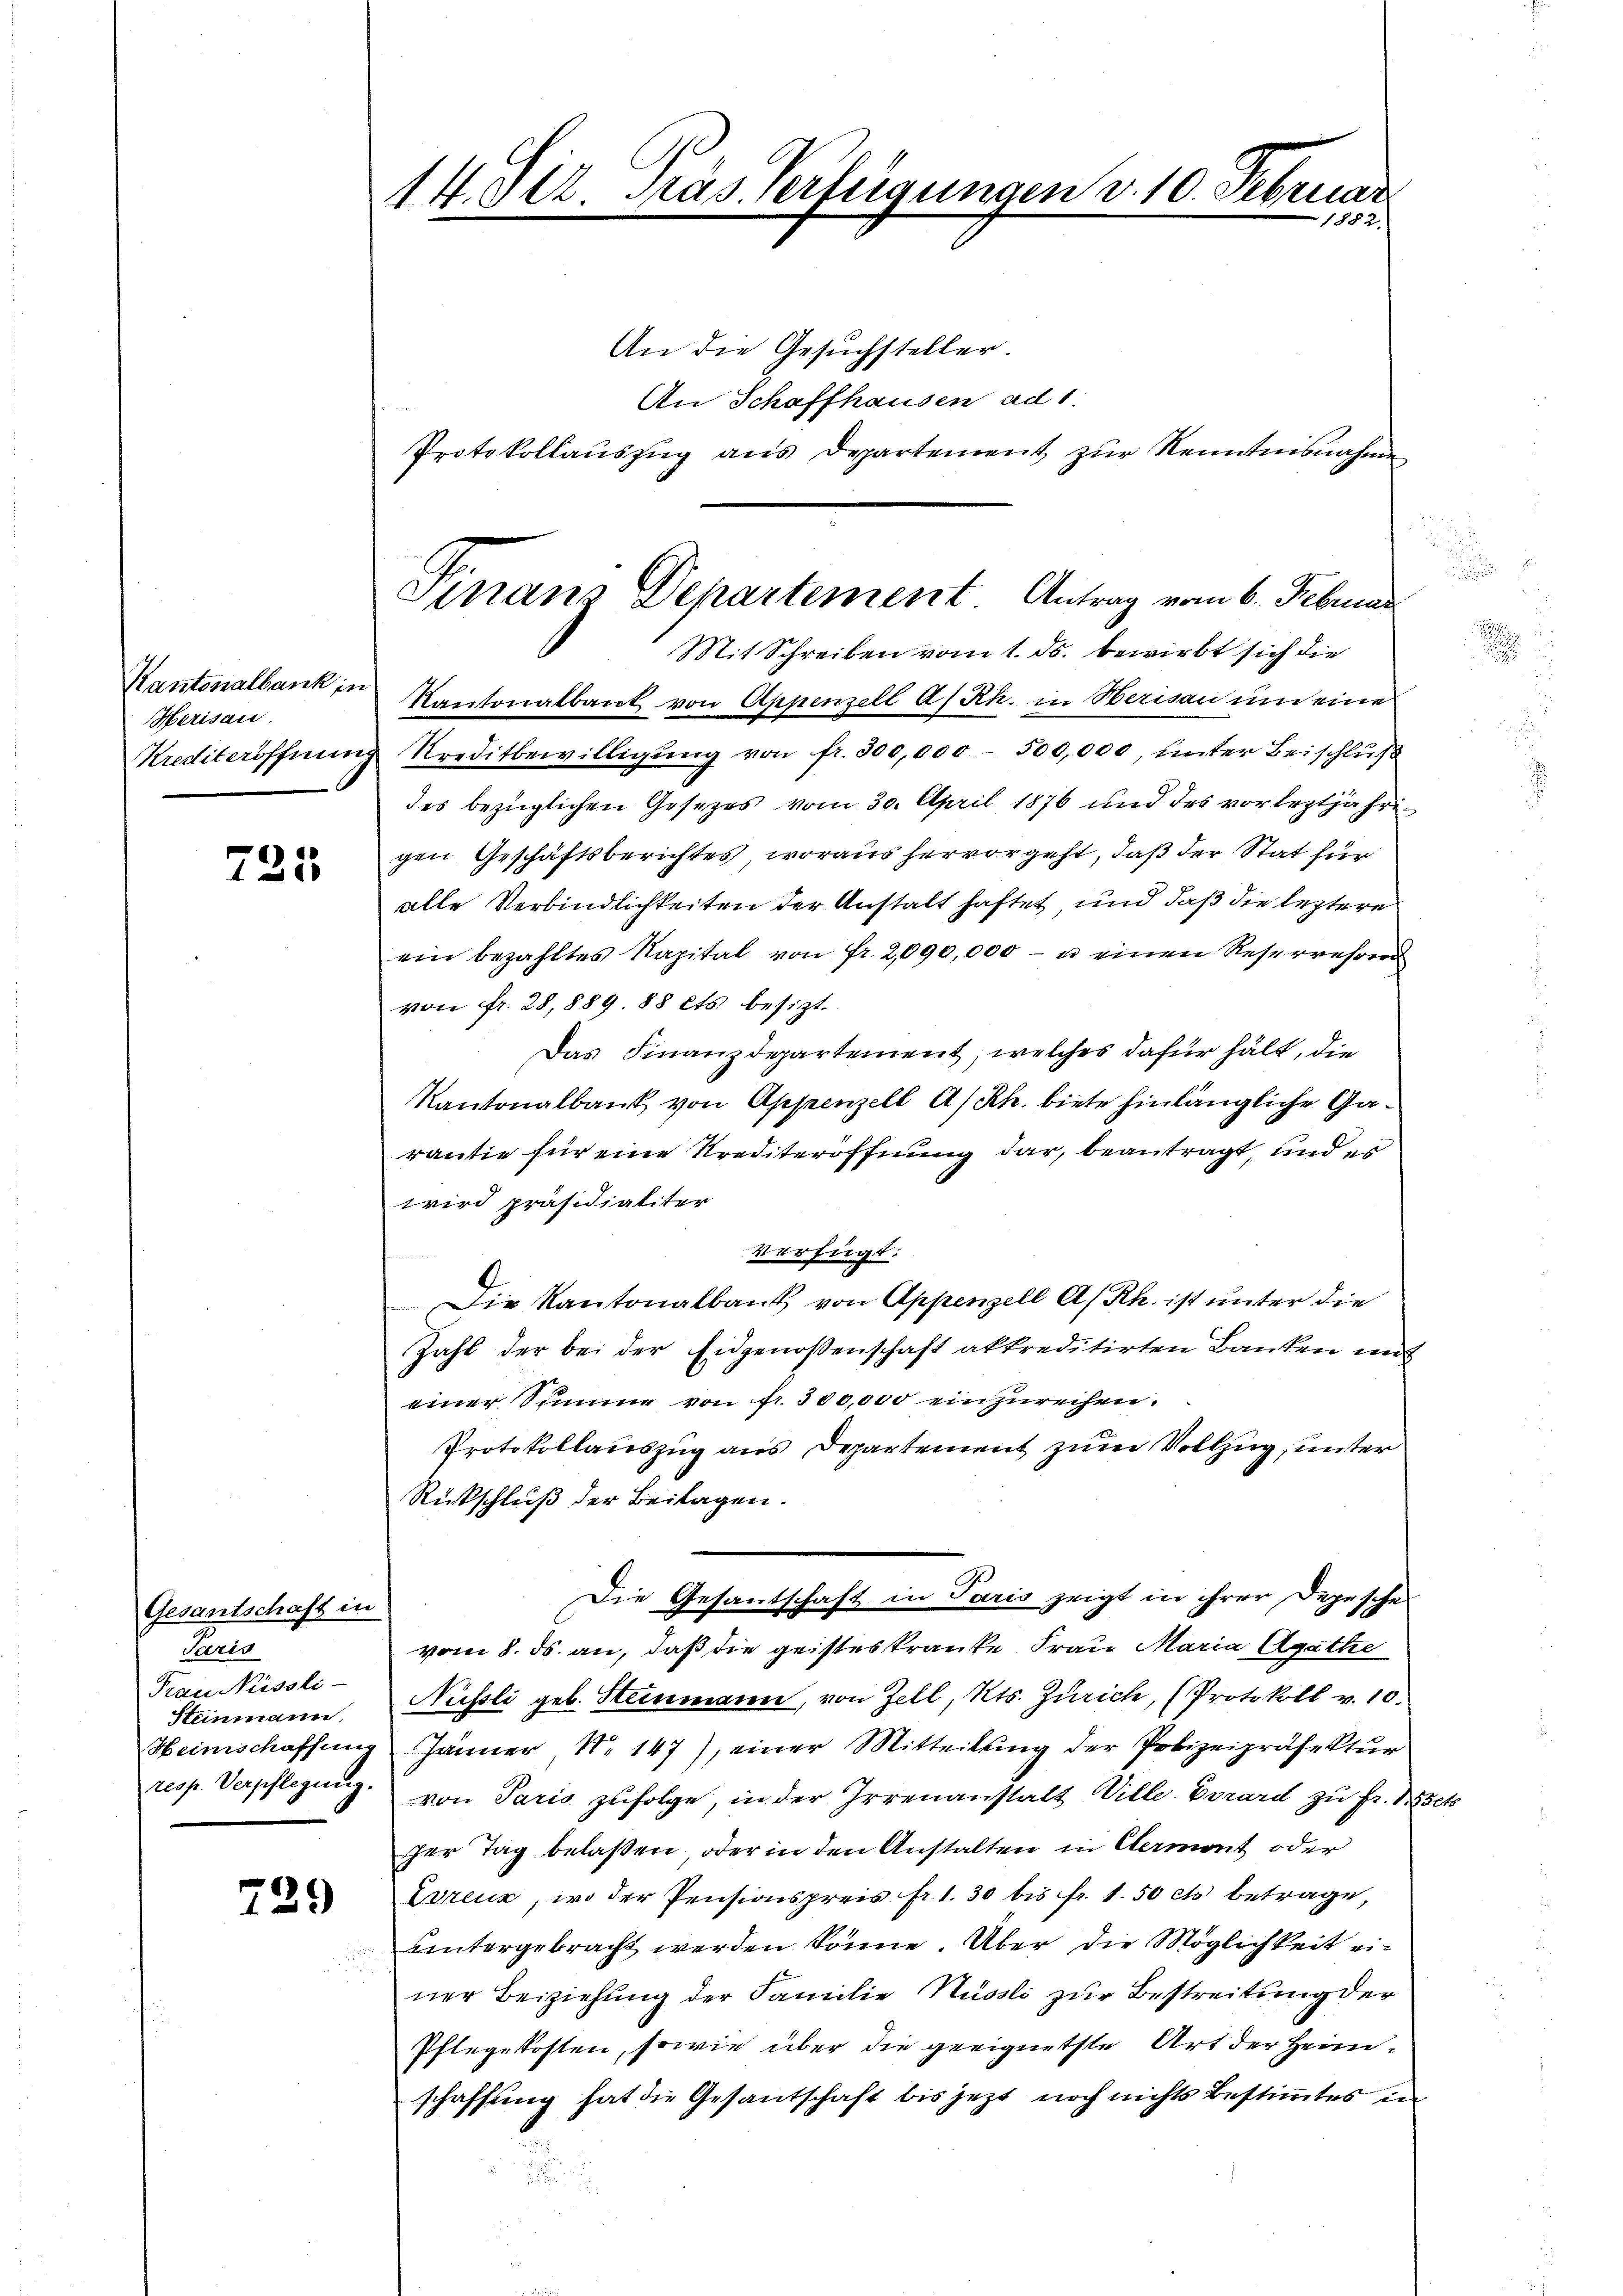
Kantonalbank in
Herisau.
Krediteröffnung

723.

Gesantschaft in
Sario
Frau Nüssli-
Steinmann.
Heinschaffung
resp. Verpflegung.

¬
1

14. Okt Gras Verfügungen v. 10. Februar
1882.

Finans Departement Antrag vom 6. Februar
Mit Schreiben vom 1. ds. bewirbt sich die

An die Gesuchsteller.
An Schaffhausen ad 1.
Protokollaŭszŭg ans Departement zŭr Kenntnisnahmen
Kantonalbaut von Appenzell A/Rh. in Berin um eine
Kreditbewilligung von fr. 300,000 - 500,000, unter Beischluß
des bezüglichen Gesezes vom 30. April 1876 und des vorleztjährigen Geschäftsberichtes, woraus hervorgeht, daß der Stat für
alle Verbindlichkeiten der Anstalt haftet und daß die leztere
ein bezahltes Kapital von fr. 2090,000 - u einen Reserwehren
von fr. 28,889. 88 cts. besizt.
Das Finanzdepartement, welches dafür hält, die
Kantonalbank von Appenzell A/Rh. biete hinlängliche Garantie für eine Krediteröffnung dar, beantragt, und er
wird präsidialiter
Verfügt:
Die Kantonalbank von Appenzell A/Rh. ist unter die
Zahl der bei der Eidgenossenschaft aktreditirten Banken mit
einer Simme von fr. 300,000 einzureihen.
Protokollauszug aus Departement zum Vollzug, unter
Rückschluß der Beilagen.
Die Gesantschaft in Paris zeigt in ihrer Depesche
vom 8. ds. an, daß die geisteskranke Frau Maria Agathe
Nussli geb. Steinmann, von Zell, Kts. Zürich, (Protokoll v. 10.
Jänner No 147), einer Mitteilung der Polizeipräsektur
von Paris zufolge, in der Irrenanstalt Ville-Errard zu Fr. 155.
ger Tag belaßen, oder in den Anstalten in Cermont oder
Zvena, wo der Pensionspreis fr. 1. 30 bis Fr. 1.50 cts. betrage,
untergebracht werden könne. Über die Möglichkeit einer Beiziehung der Familie Nüssli zur Bestreitung der
Pflegekosten, sowie über die geeignetste Art der Heimschaffung hat die Gesantschaft bis jezt noch nichts bestimmtes in

1

d